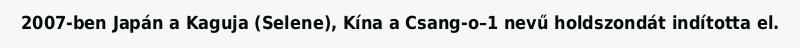
2007-ben Japán a Kaguja (Selene), Kína a Csang-o–1 nevű holdszondát indította el.